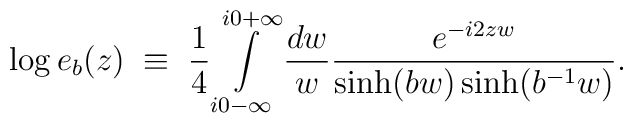
\log e_b(z)\;\equiv\;\frac{1}{4}\int\limits_{i0-\infty}^{i0+\infty}\frac{dw}{w}\frac{e^{-i 2 zw}}{\sinh(bw)\sinh(b^{-1}w)}.